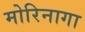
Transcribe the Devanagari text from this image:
मोरिनागा